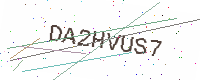
Text: DA2HVUS7